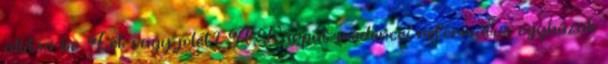
állítsa be. Lét vagy jólét? A Kárpát-medencei református egyházak